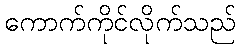
ကောက်ကိုင်လိုက်သည်